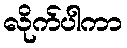
လိုက်ပါကာ